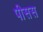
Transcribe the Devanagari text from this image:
पीसस